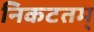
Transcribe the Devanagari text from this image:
निकटतम्